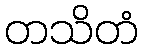
တသိတံ